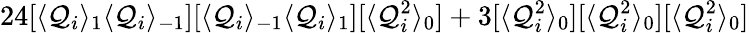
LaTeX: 24[\langle\mathcal{Q}_{i}\rangle_{1}\langle\mathcal{Q}_{i}\rangle_{-1}][\langle\mathcal{Q}_{i}\rangle_{-1}\langle\mathcal{Q}_{i}\rangle_{1}][\langle\mathcal{Q}_{i}^{2}\rangle_{0}]+3[\langle\mathcal{Q}_{i}^{2}\rangle_{0}][\langle\mathcal{Q}_{i}^{2}\rangle_{0}][\langle\mathcal{Q}_{i}^{2}\rangle_{0}]